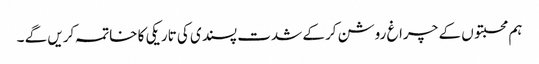
ہم محبتوں کے چراغ روشن کرکے شدت پسندی کی تاریکی کا خاتمہ کریں گے ۔